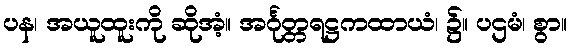
ပန၊ အယူထူးကို ဆိုအံ့။ အင်္ဂုတ္တရဋ္ဌကထာယံ၊ ၌။ ပဌမံ၊ စွာ။